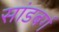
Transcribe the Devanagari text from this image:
सांडबर्ग